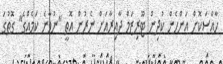
ހާއްސަކޮށް އަންހެން ކުދިން ޓޫރިޒަމް ދާއިރާއަށް ނެރުން އޮތީ "ނުވާނެ ކަމެއްގެ" ގޮތުގަ